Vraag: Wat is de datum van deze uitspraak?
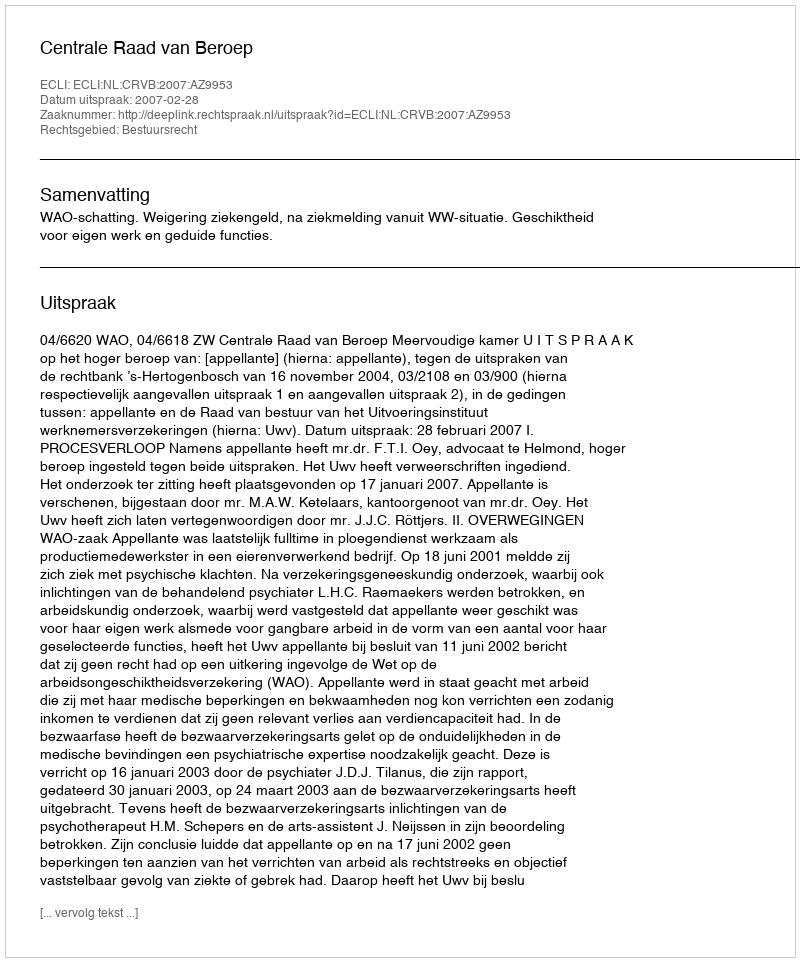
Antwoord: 2007-02-28